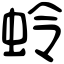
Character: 蛉